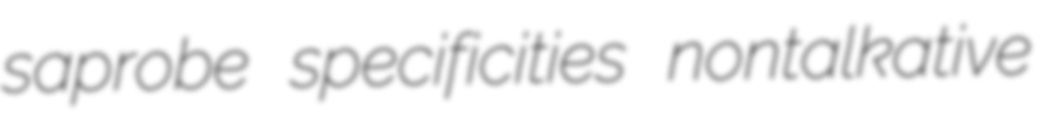
saprobe specificities nontalkative